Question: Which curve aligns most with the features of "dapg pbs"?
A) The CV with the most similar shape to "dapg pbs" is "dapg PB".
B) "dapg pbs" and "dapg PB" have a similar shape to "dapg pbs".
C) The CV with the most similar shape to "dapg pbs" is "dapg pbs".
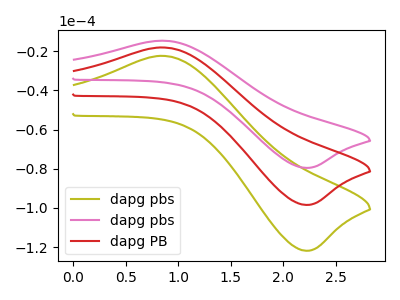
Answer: <think>The olive curve "dapg pbs" has an anodic peak at (0.85V, -36.05uA) and a cathodic peak at (2.20V, -196.90uA). The pink curve "dapg pbs" has an anodic peak at (0.85V, -14.55uA) and a cathodic peak at (2.20V, -79.55uA). The red curve "dapg PB" has an anodic peak at (0.85V, -18.00uA) and a cathodic peak at (2.20V, -98.45uA).
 All the peaks in "dapg pbs" have a peak in "dapg pbs" at the same potential. All the peaks in "dapg pbs" have a peak in "dapg PB" at the same potential. All the peaks in "dapg pbs" have a peak in "dapg PB" at the same potential.</think>
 <answer>B) "dapg pbs" and "dapg PB" have a similar shape to "dapg pbs".</answer>
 <eval>B</eval>